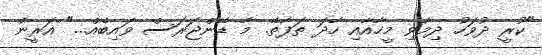
"ކުރީ ދުވަހު ދިމާވި މީހާއާއި ހާދަ ތަފާތޭ. މާ ޑޭންޖަރަސް ވައިބެއް..." އަރީން